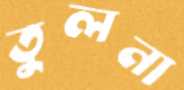
তুলনা